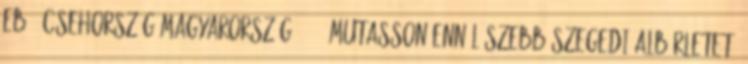
Eb - Csehország-Magyarország 33-27 Mutasson ennél szebb szegedi albérletet,